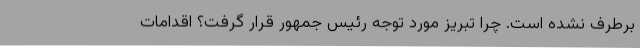
برطرف نشده است. چرا تبریز مورد توجه رئیس‌ جمهور قرار گرفت؟ اقدامات